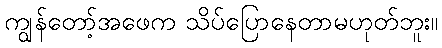
ကျွန်တော့်အဖေက သိပ်ပြောနေတာမဟုတ်ဘူး။